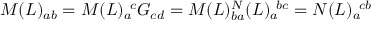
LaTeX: M ( L ) _ { a b } = M ( L ) _ { a } ^ { \ c } G _ { c d } = M ( L ) _ { b a } \sp N ( L ) _ { a } ^ { \ b c } = N ( L ) _ { a } ^ { \ c b }